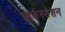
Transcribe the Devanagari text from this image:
ओर्केस्टेशन